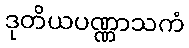
ဒုတိယပဏ္ဏာသကံ